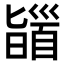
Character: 䭬